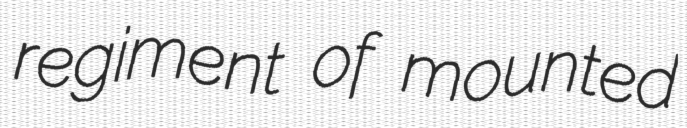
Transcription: regiment of mounted